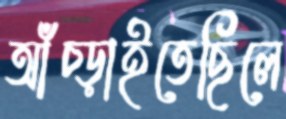
আঁচ্‌ড়াইতেছিলে